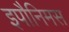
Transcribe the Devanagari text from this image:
इपौनिमस